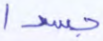
جسدا